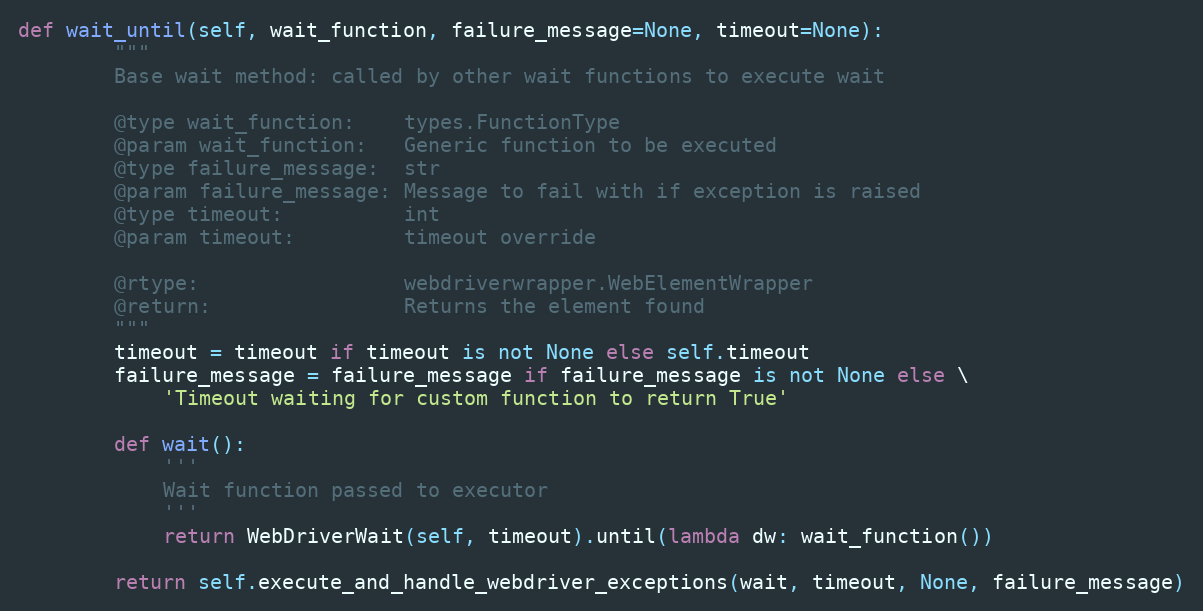
Language: Python
def wait_until(self, wait_function, failure_message=None, timeout=None):
        """
        Base wait method: called by other wait functions to execute wait

        @type wait_function:    types.FunctionType
        @param wait_function:   Generic function to be executed
        @type failure_message:  str
        @param failure_message: Message to fail with if exception is raised
        @type timeout:          int
        @param timeout:         timeout override

        @rtype:                 webdriverwrapper.WebElementWrapper
        @return:                Returns the element found
        """
        timeout = timeout if timeout is not None else self.timeout
        failure_message = failure_message if failure_message is not None else \
            'Timeout waiting for custom function to return True'

        def wait():
            '''
            Wait function passed to executor
            '''
            return WebDriverWait(self, timeout).until(lambda dw: wait_function())

        return self.execute_and_handle_webdriver_exceptions(wait, timeout, None, failure_message)